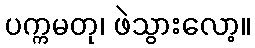
ပက္ကမတု၊ ဖဲသွားလော့။